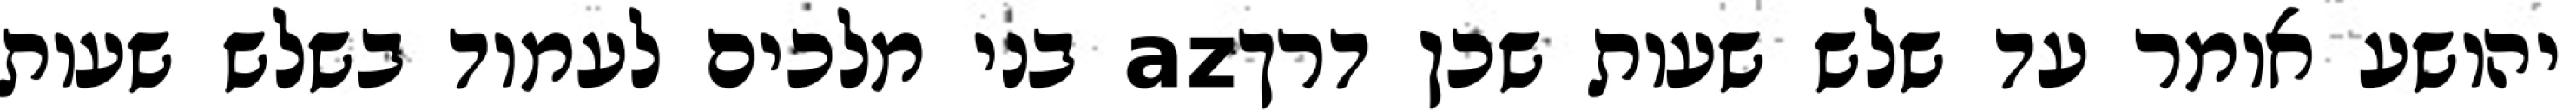
יהושע אומר עד שלש שעות שכן דרךaz בני מלכים לעמוד בשלש שעות